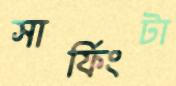
সার্ফিংটা